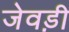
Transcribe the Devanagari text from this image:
जेवड़ी